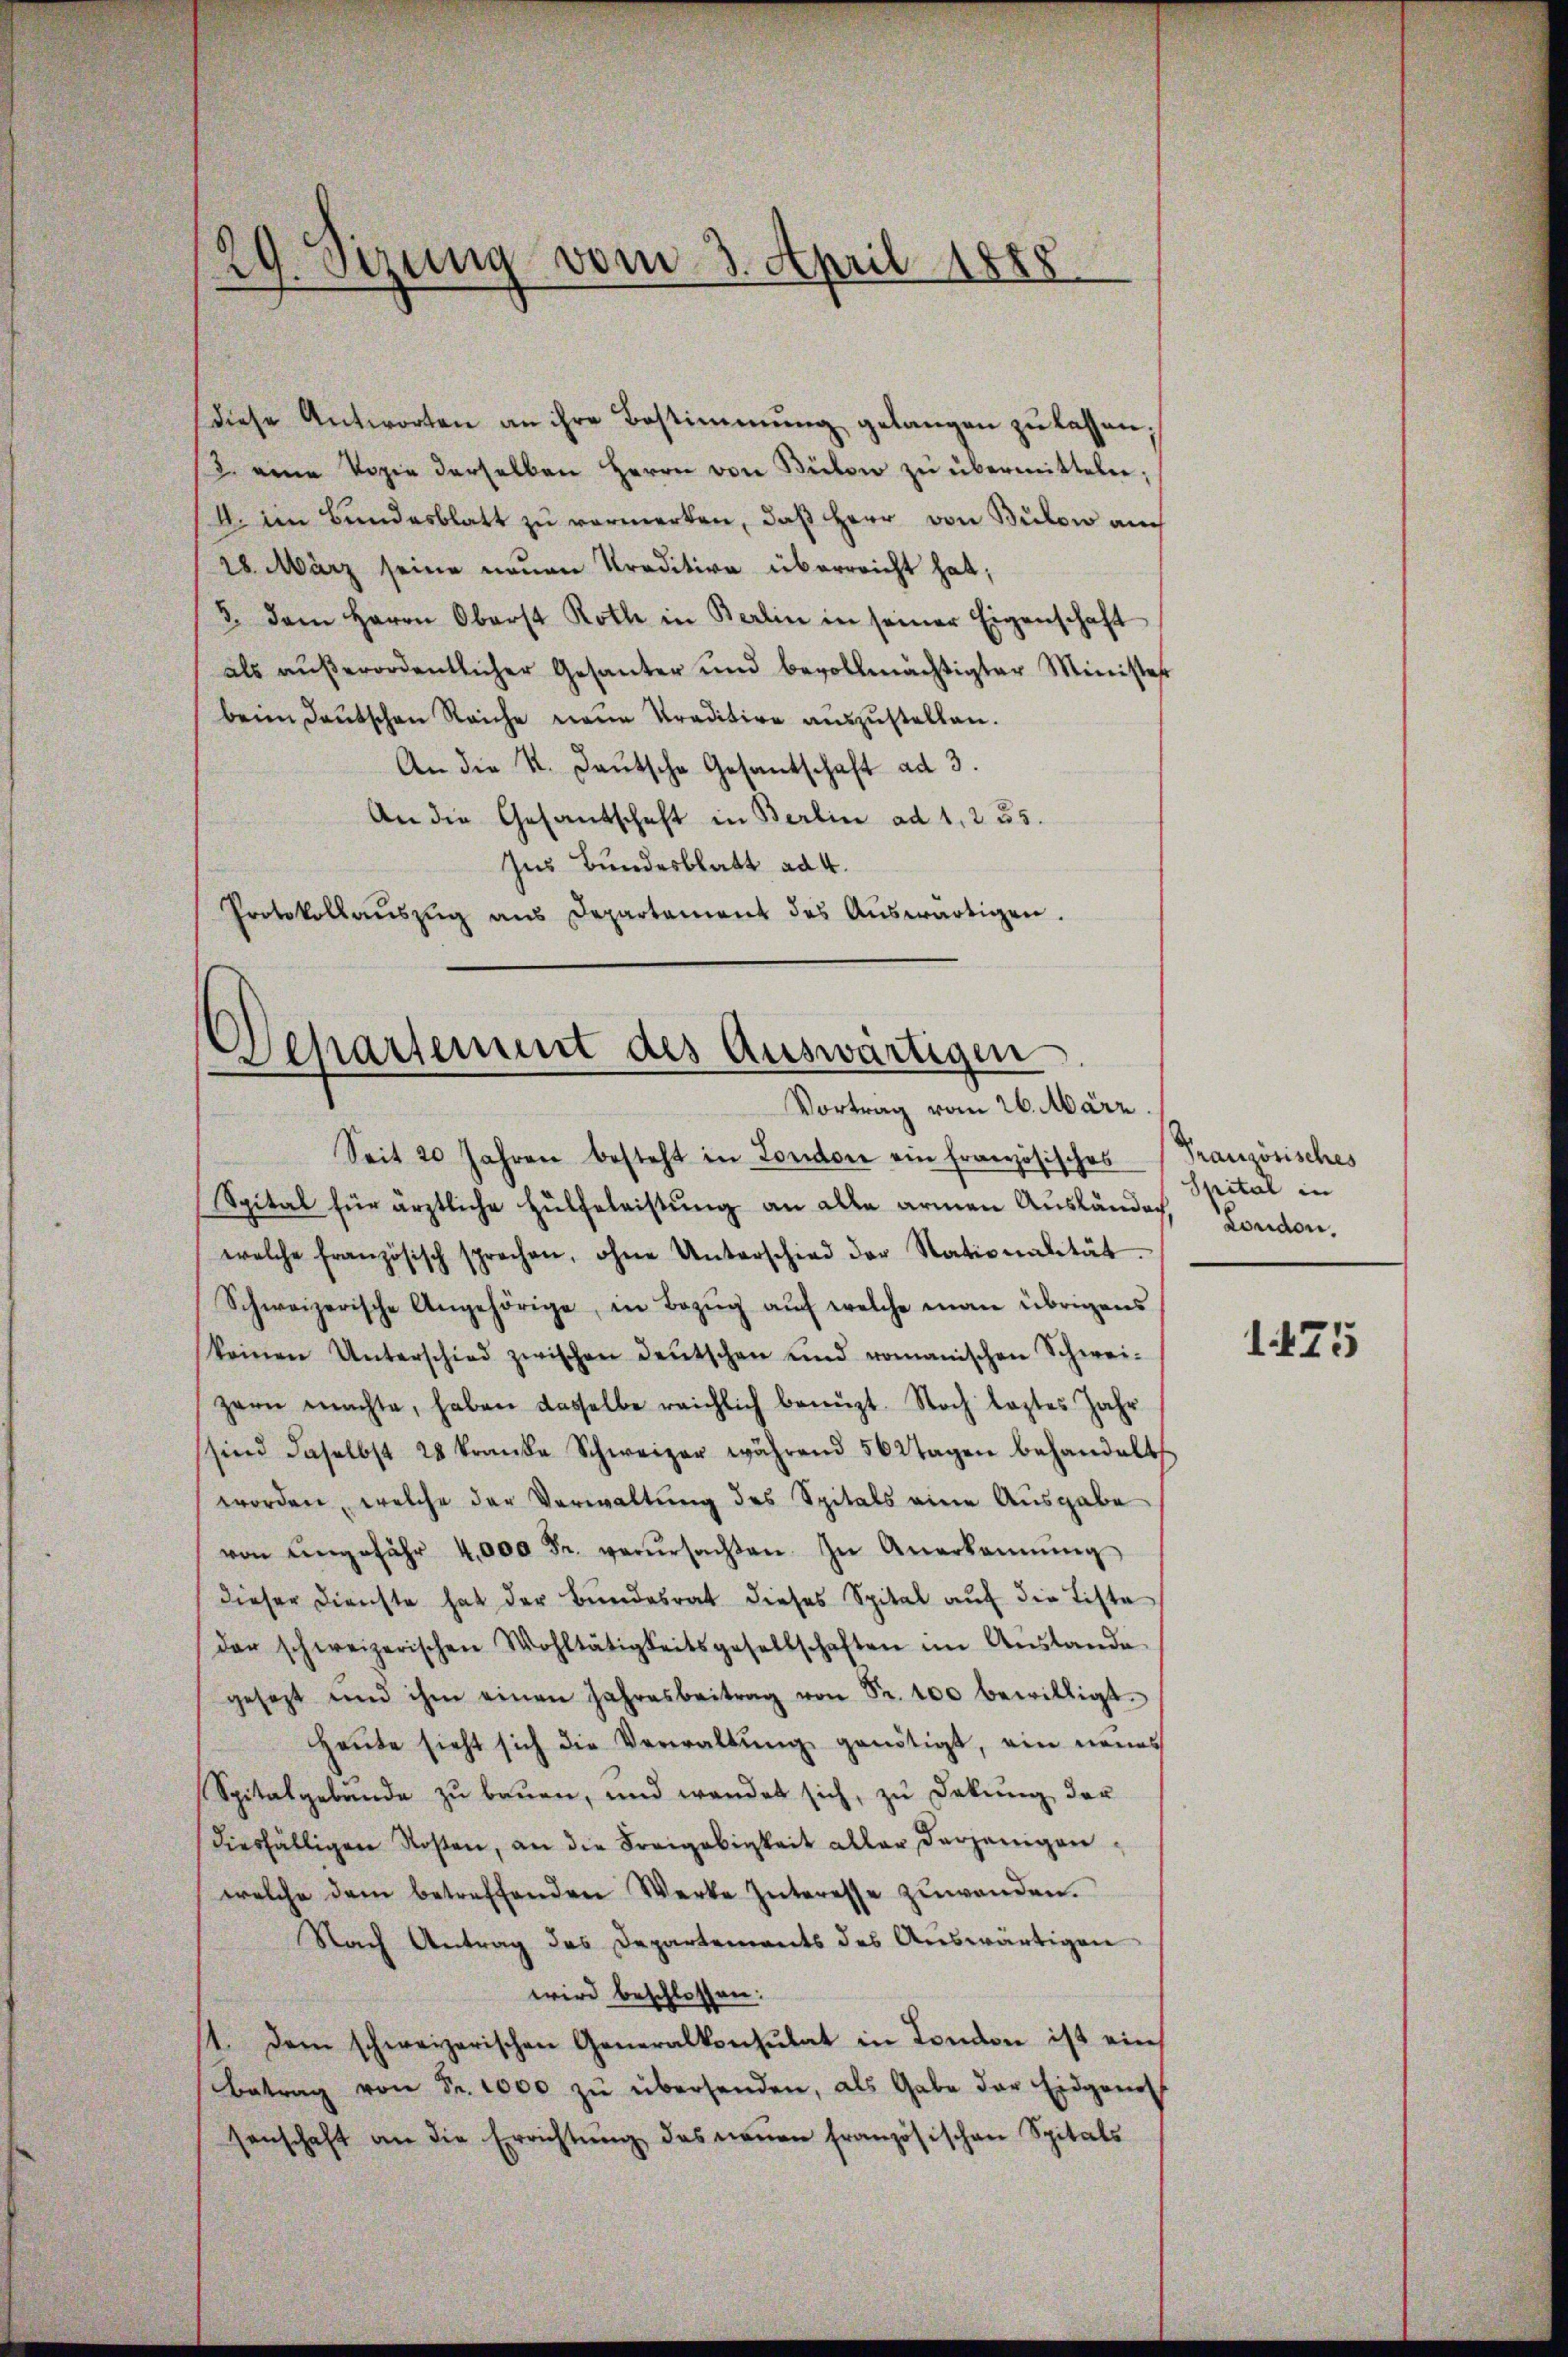
29. Sizung vom 3. April 1888

diese Antworten an ihre Bestimmung gelangen zu lassen;
/3. eine Vogie derselben Herrn von Büben zŭ übermitteln;
4. im Bundesblatt zu vermerken, daß Herr von Bülow auch
28. März seine neuen Kreditive überreicht hat;
3. Dem Herrn Oberst Roth in Berlin in seiner Eigenschaft
als außerordentlicher Gesanter und bevollmächtigter Minister
beim Deutschen Reiche neue Traditire auszustellen.
An die K. Laŭtsche Gesantschaft ad 3.
An die Gesantschaft in Berlin ad 1. 255.
Ins Bundesblatt ad 4.
Protokollaŭszŭg aŭs Departament des Aŭswärtigen.

Separtement des Auswärtigen
Vortrag vom 26. März.

Seit 20 Jahren besteht in London ein französisches
Spital für ärztliche Hülfeleistŭng an alle armen Auslandes, London.
welche französisch sprechen, ohne Unterschied der Nationalität.
Schweizerische Angehörige, in Bezŭg aŭf welche man übrigens
keinen Unterschied zwischen Deutschen und romanischen Schwei-
zern machte, haben dasselbe reichlich benüzt. Noch leztes Jahr
sind daselbst 28 kranke Schweizer während 562 Tagen behandelt
worden, welche der Verwaltung des Spitals eine Ausgabe
von angefähr 4,000 Fr. verŭrsachten. In Anerkannŭng
dieser Dienste hat der Bundesrat dieses Spital aŭf die Liste
der schweizerischen Wohltätigkeitsgesellschaften im Aŭslande
gesezt und ihm einen Jahresbeitrag von Fr. 100 bewilligt.
Heŭte sieht sich die Verwaltŭng genötigt, ein neues
Spitalgebäude zu bauen, und werdet sich, zu Sekung der
diesfälligen Rosen, an die Freigebigkeit aller derjenigen,
welche dem betreffenden Werke Interesse zuwenden.
Nach Antrag des Departements des Auswärtigen
wird beschlossen:
1. Dem schweizerischen Generalkonsulat in London ist ein
Betrag von Fr. 1000 zŭ übersenden, als Gabe der Eidgenoss
senschaft an die Errichtŭng des neŭen französischen Spitals

Französisches
Spital in

1425